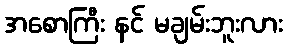
အစောကြီး နင် မချမ်းဘူးလား